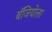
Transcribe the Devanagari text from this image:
बॅजियोला